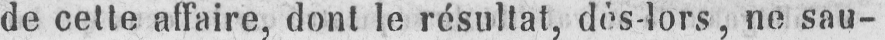
de cette affaire, dont le résultat, dès-lors, ne sau-